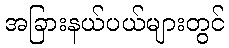
အခြားနယ်ပယ်များတွင်